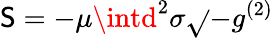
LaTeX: \mathsf{S}=-\mu\intd^{2}\sigma\sqrt{}{{-g^{(2)}}}